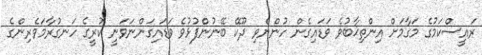
ރައީސްކަމުގެ މަގާމަށް އިންތިޚާބުވެ ވަޑައިގެން ހުންނެވި ދޫކޭ ބޭނުންފުޅުވެ ވަޑައިގަންނަވަނީ ކުރީގެ ހަނގުރާމަވެރިންގެ